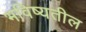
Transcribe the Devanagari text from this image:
भविष्यतील